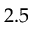
2 . 5